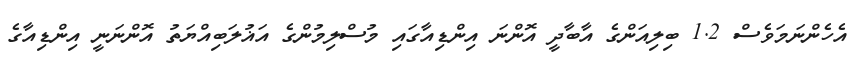
އެހެންނަމަވެސް 1.2 ބިލިއަންގެ އާބާދީ އޮންނަ އިންޑިއާގައި މުސްލިމުންގެ އަޣުލަބިއްޔަތު އޮންނަނީ އިންޑިއާގެ